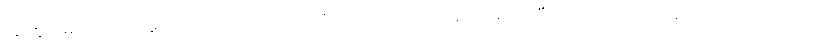
အကြွင်းမဲ့ပယ်သတ်မှုကြောင့်တည်း၊ ဒေါသကိုလည်းအလျှင်းပယ်ထားလေပြီး။ ။ဝိသာခသေဋ္ဌေးက သေဋ္ဌေးကတော်